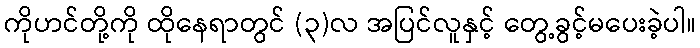
ကိုဟင်တို့ကို ထိုနေရာတွင် (၃)လ အပြင်လူနှင့် တွေ့ခွင့်မပေးခဲ့ပါ။